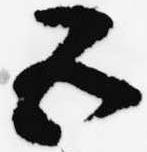
五